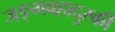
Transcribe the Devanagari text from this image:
जङ्गबहादुरकी